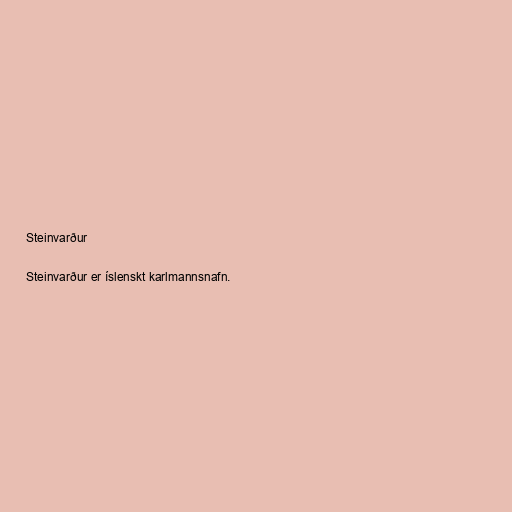
Steinvarður

Steinvarður er íslenskt karlmannsnafn.